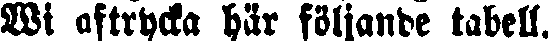
Wi aftrycka här följande tabell.